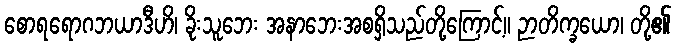
စောရရောဂဘယာဒီဟိ၊ ခိုးသူဘေး အနာဘေးအစရှိသည်တို့ကြောင့်။ ဉာတိက္ခယော၊ တို့၏